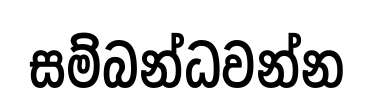
සම්බන්ධවන්න